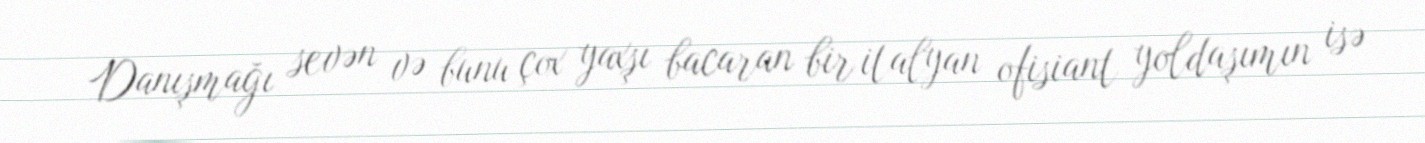
Danışmağı sevən və bunu çox yaxşı bacaran bir italyan ofisiant yoldaşımın isə